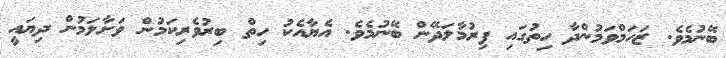
ބޭނުމެވެ. ޒަހަމްވަމުންދާ ހިތުގައި ފިރުމާލަދޭން ބޭނުމެވެ. އެޔާއެކު ހިތް ބިރުވެރިކަމުން ވަށާލަމުން ދިޔައީ